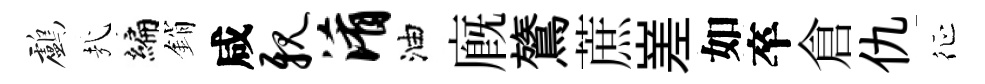
鸕㢤编銷咸亲淆油廐鷟蔗嵳如卒倉仇征